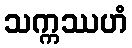
သက္ကဿဟံ